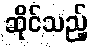
ဆိုင်သည့်